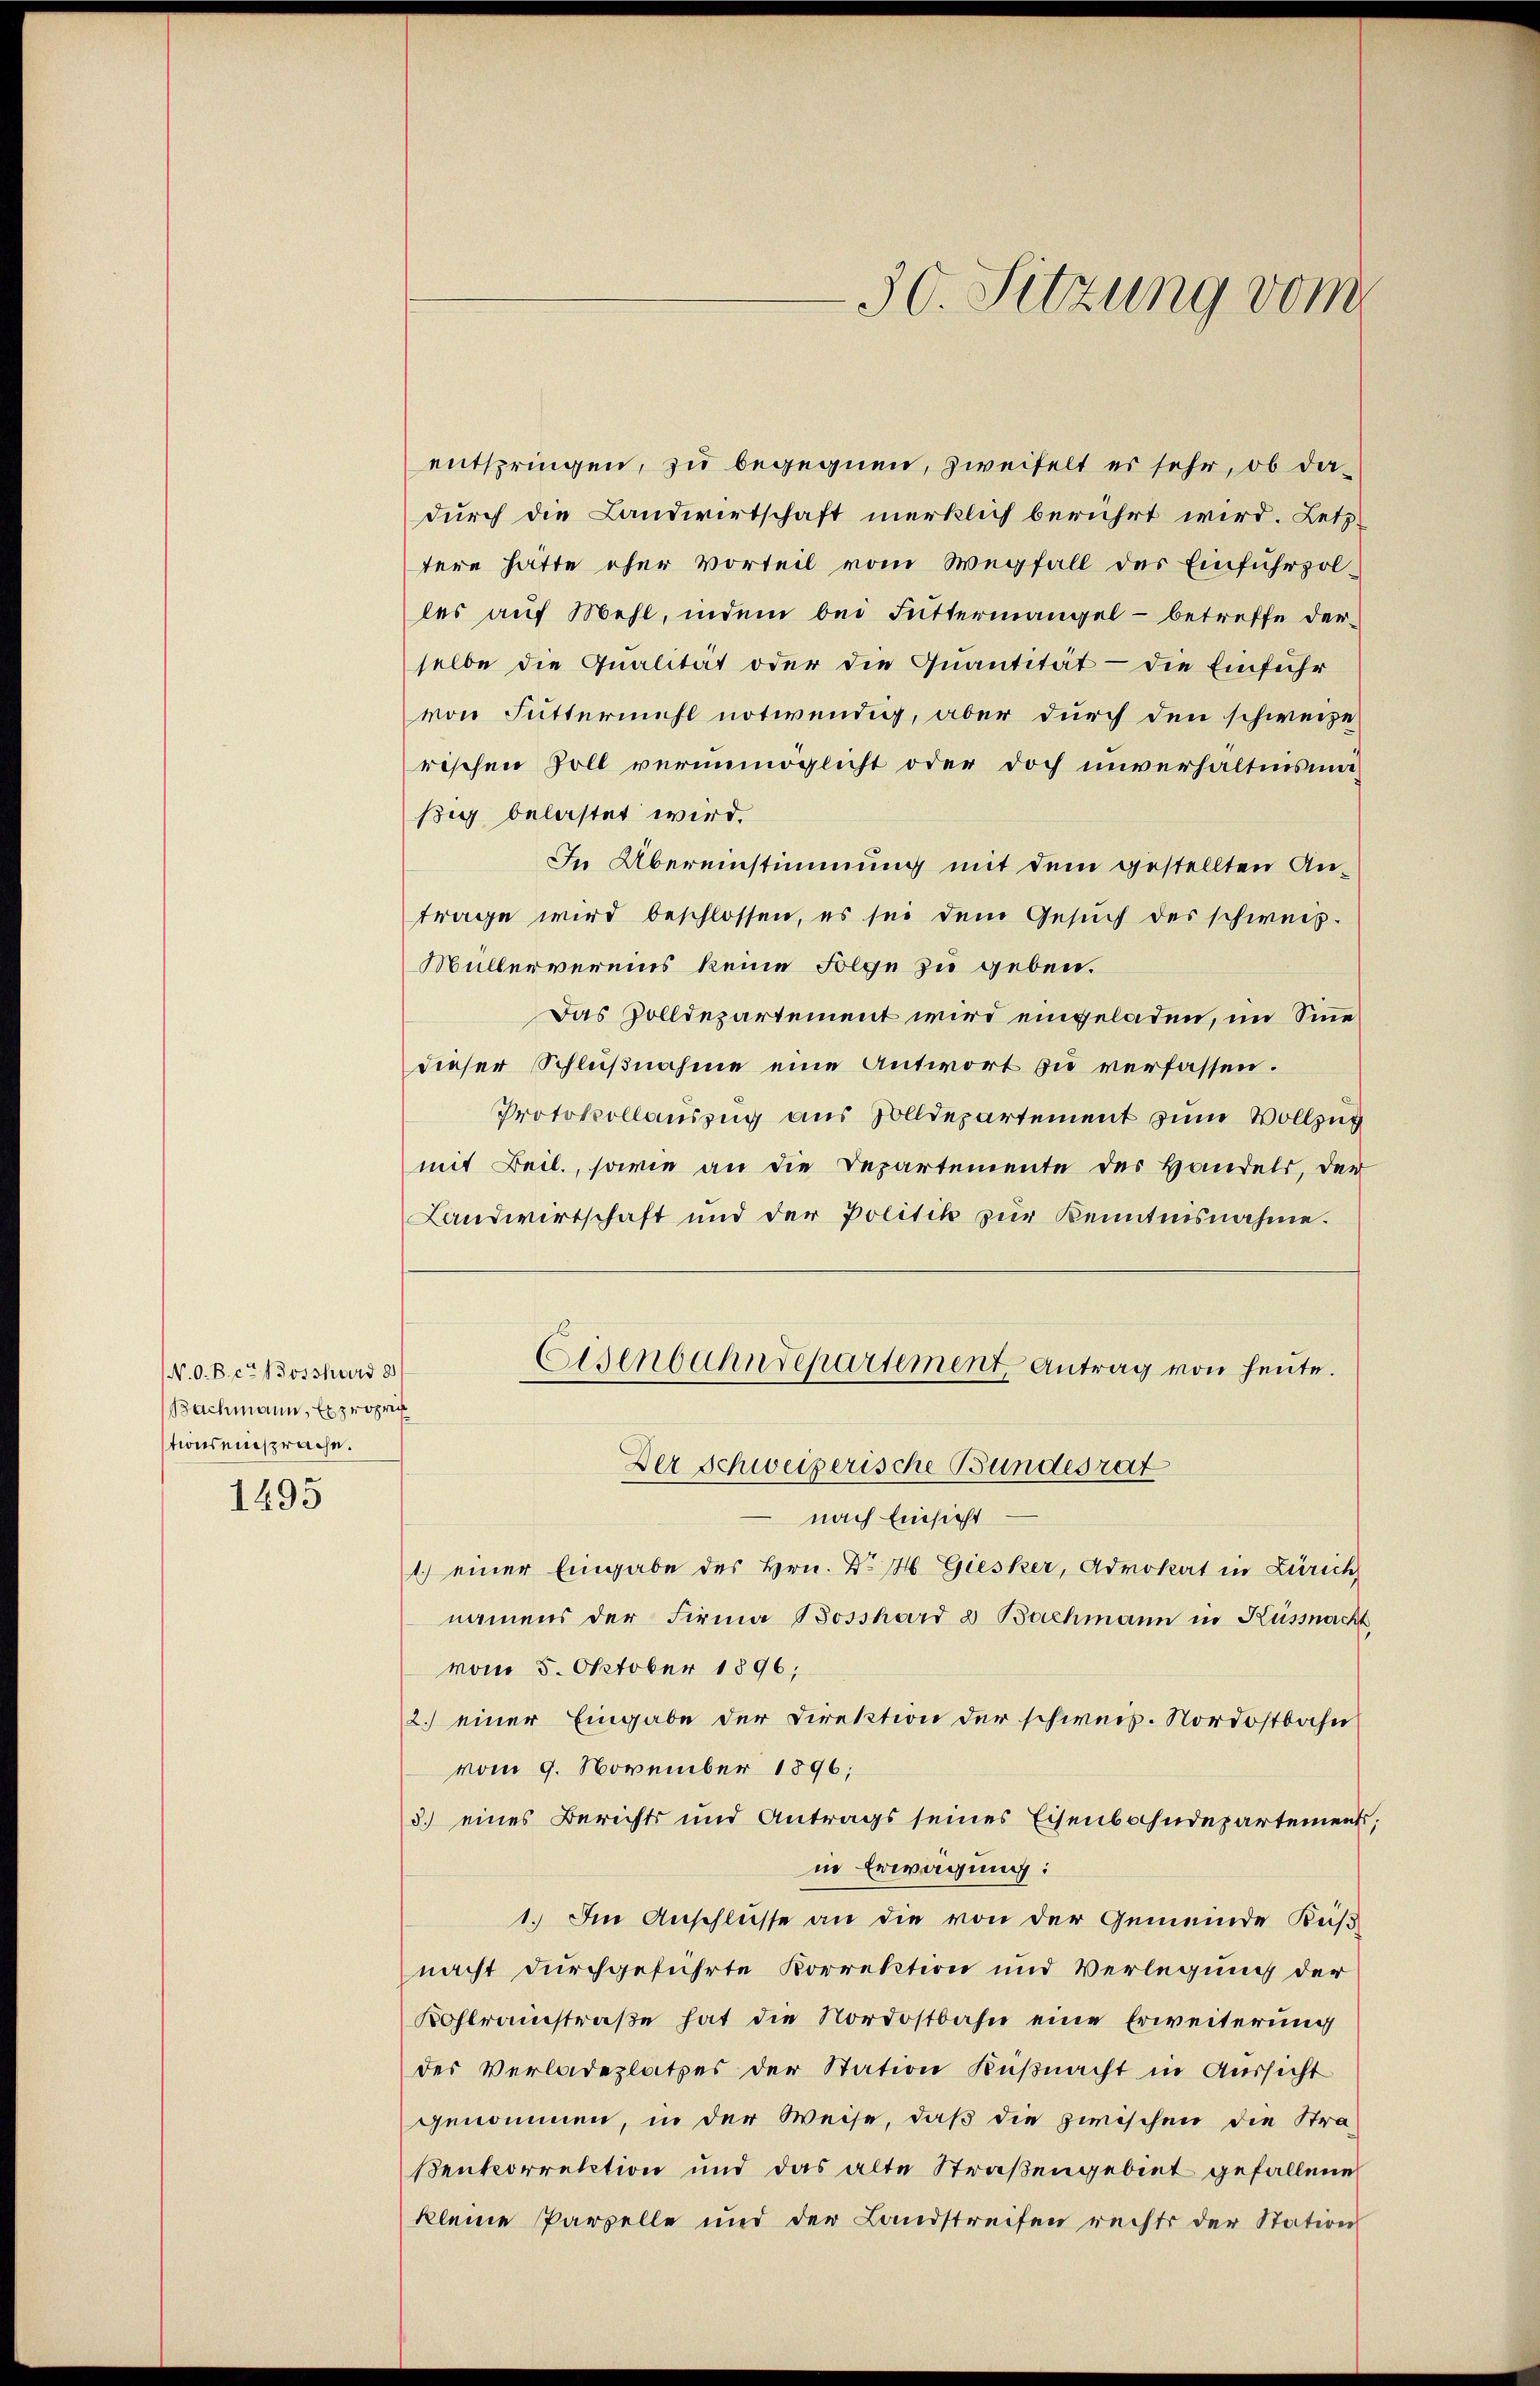
N. O. B. er dosshaus d
Bachmann, Exproprie
tions einsprache.

1495

entspringen, zu begegnen, zweifelt es sehr, ob dadurch die Landwirtschaft merklich berührt wird. Letztere hätte eher vorteil vom Wegfall der Einfuhrzol-
les auf Mehl, indem bei Futtermangel - betreffe derselbe die Qualität oder die Quantität - die Einführ
von Futtermehl notwendig, aber durch den schweize
rischen Soll verunmöglicht oder doch unverhältnismaßig belastet wird.
In Übereinstimmung mit dem gestellten Antrage wird beschlossen, es sei dem Gesŭch des schweis-
Müllervereins keine Folge zu geben.
Das Zolldepartement wird eingeladen, im Sinne
dieser Schlußnahme eine Antwort zu verfassen.
Protokollauszug aus Zolldepartement zum Vollzug
mit Beil., sowie an die Departemente des Handels, der
Landwirtschaft und der Politik zŭr Kenntnisnahme.

Der Schweizerische Bundesrat
nach Einsicht
1) einer Eingabe des Hrn. Dr H. Giesker, Advokat in Zürich
namens der Firma Bosshard & Bachmann in Küssnacht
vom 5. Oktober 1896;
2.) einer Eingabe der Direktion der schweiz. Nordostbahn
vom 9. November 1896;
3.) eines Berichts und Antrags seines Eisenbahndepartements;
in Erwägung:
1. Im Anschlüsse an die von der Gemeinde Küß
nacht durchgeführte Korrektion und Verlegung der
Kohlraistraße hat die Nordostbahn eine Erweiterung
des Verladeplatzes der Station Küßnacht in Aussicht
genommen, in der Weise, daß die zwischen die Stra-
Ventcorrektion und das alte Straßengebiet gefallene
kleine Parzelle und der Landstreifen rechts der Station

30. Sitzung vom

Eisenbahndepartement, Antrag von heute.